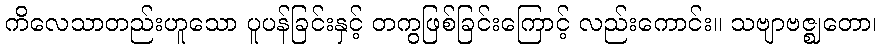
ကိလေသာတည်းဟူသော ပူပန်ခြင်းနှင့် တကွဖြစ်ခြင်းကြောင့် လည်းကောင်း။ သဗျာဗဇ္ဈတော၊